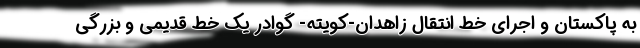
به پاکستان و اجرای خط انتقال زاهدان-کویته- گوادر یک خط قدیمی و بزرگی